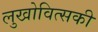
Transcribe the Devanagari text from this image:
लुखोवित्सकी